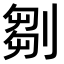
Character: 𠞃